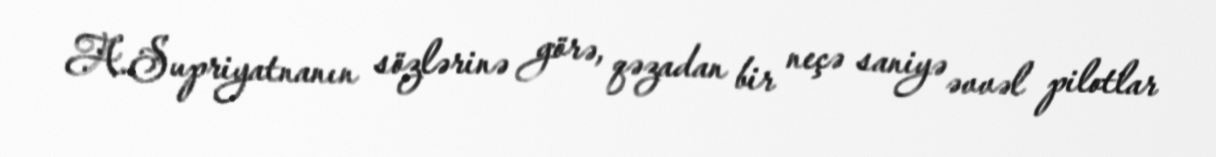
A.Supriyatnanın sözlərinə görə, qəzadan bir neçə saniyə əvvəl pilotlar